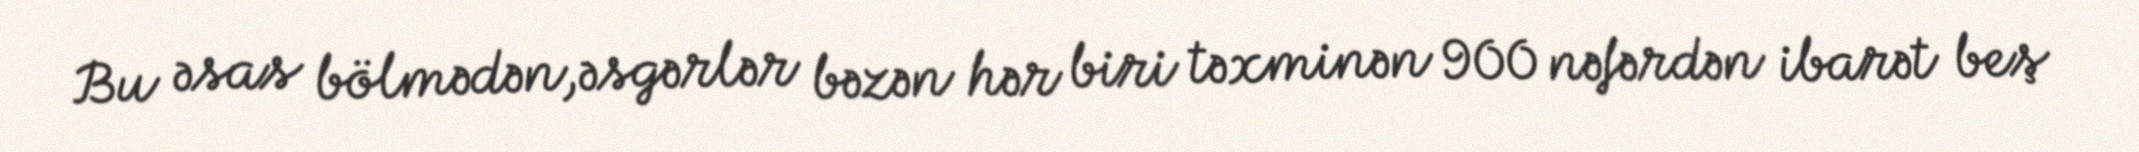
Bu əsas bölmədən,əsgərlər bəzən hər biri təxminən 900 nəfərdən ibarət beş